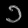
Digit: ၁